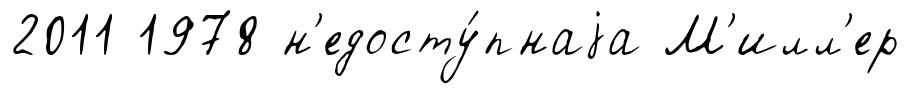
2011 1978 н'едосту́пнаjа М'илл'ер